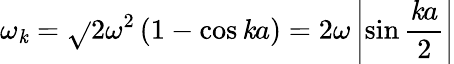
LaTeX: \omega_{\mathit{k}}={\sqrt{}{{2\omega^{2}\left(1-\cos{\mathit{k}a}\right)}}}=2\omega\left|\sin{\frac{{\mathit{k}a}}{{2}}}\right|